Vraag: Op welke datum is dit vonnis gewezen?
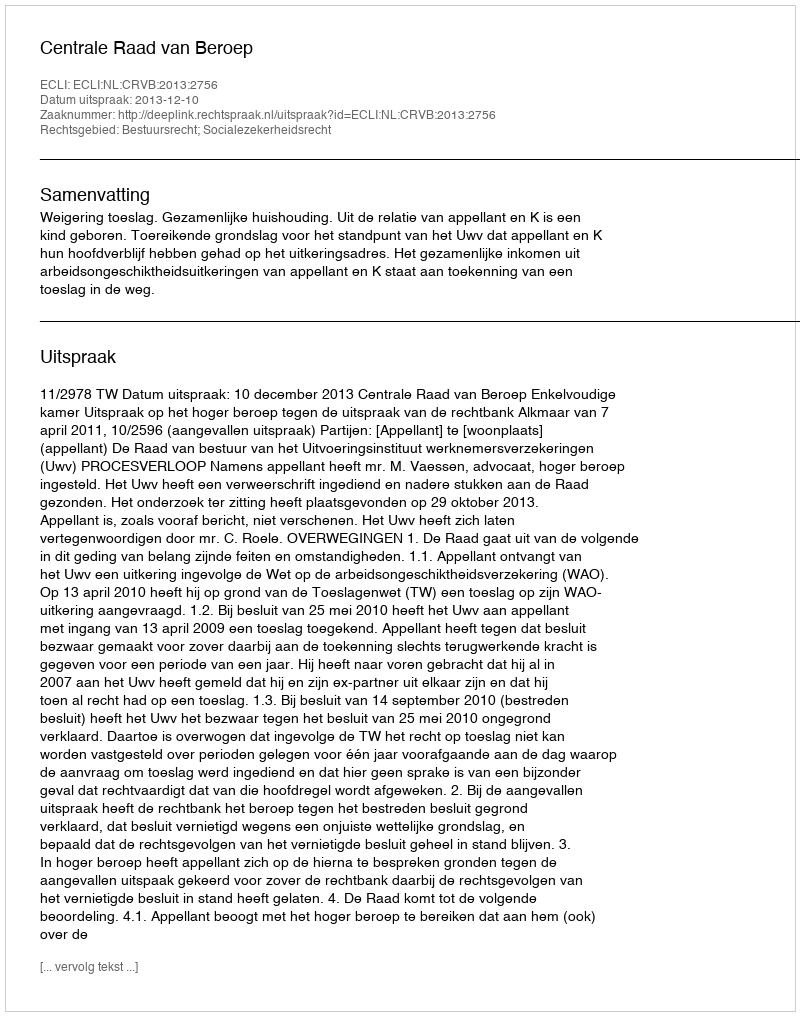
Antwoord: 2013-12-10